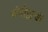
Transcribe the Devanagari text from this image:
चंगीझची